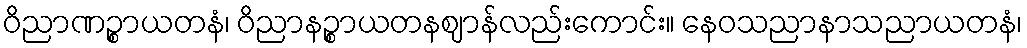
ဝိညာဏဉ္စာယတနံ၊ ဝိညာနဉ္စာယတနဈာန်လည်းကောင်း။ နေဝသညာနာသညာယတနံ၊